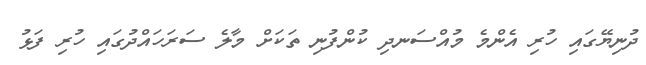
ދުނިޔޭގައި ހުރި އެންމެ މުއްސަނދި ކުންފުނި ތަކަށް މާލެ ސަރަހައްދުގައި ހުރި ފަޅު